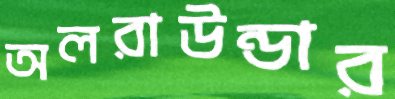
অলরাউন্ডার